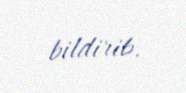
bildirib.